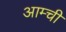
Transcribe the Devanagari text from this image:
आम्ची